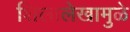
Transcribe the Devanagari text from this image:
शिलालेखामुळे